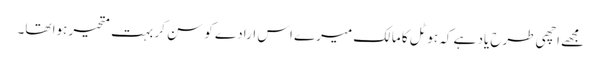
مجھے اچھی طرح یاد ہے کہ ہوٹل کا مالک میرے اس ارادے کو سن کر بہت متحیر ہوا تھا۔